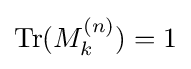
{\rm {Tr}}(M_{k}^{(n)})=1